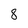
Character: 8